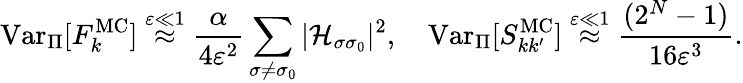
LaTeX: \mathrm{Var}_{\Pi}[F_{k}^{\mathrm{MC}}]\stackrel{\varepsilon\ll 1}{\approx}\frac{\alpha}{4\varepsilon^{2}}\sum_{\sigma\neq\sigma_{0}}|\mathcal{H}_{\sigma\sigma_{0}}|^{2},\quad\mathrm{Var}_{\Pi}[S_{kk^{\prime}}^{\mathrm{MC}}]\stackrel{\varepsilon\ll 1}{\approx}\frac{(2^{N}-1)}{16\varepsilon^{3}}.